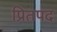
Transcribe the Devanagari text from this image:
प्रितपद